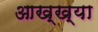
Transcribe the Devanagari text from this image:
आख्‍ख्या